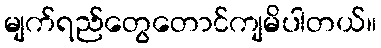
မျက်ရည်တွေတောင်ကျမိပါတယ်။